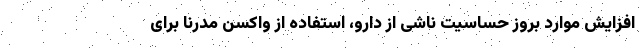
افزایش موارد بروز حساسیت ناشی از دارو، استفاده از واکسن مُدرنا برای